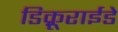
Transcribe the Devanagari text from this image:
डिक्रूराईडे